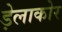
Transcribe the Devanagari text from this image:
ड़ेलाकोर